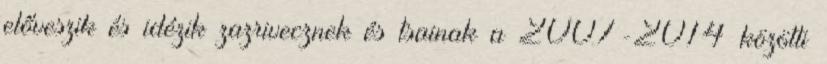
előveszik és idézik zazrivecznek és tsainak a 2007-2014 közötti